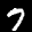
Label: 7